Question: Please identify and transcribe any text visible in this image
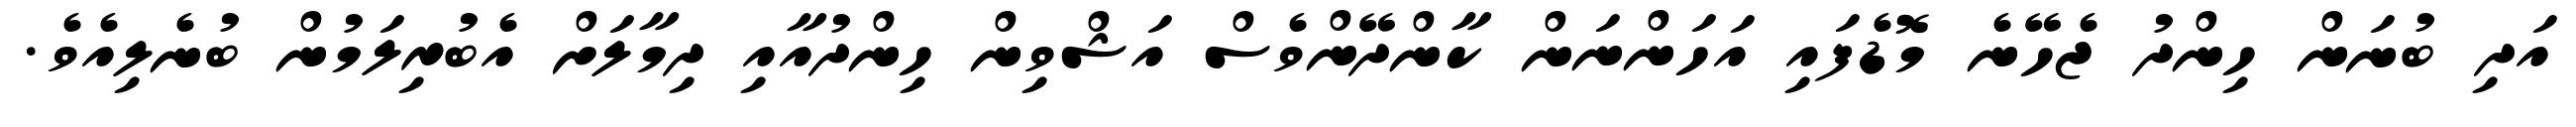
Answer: އަދި ބުނަން ހިންދު ޖެހޭނެ މޮޑެފައި އަހަންނަން ކާންދޭންވެސް އަޝްވިން ހިންދުއާއި ދިމާލަށް އެބުރިލަމުން ބުނެލިއެވެ.